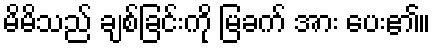
မိမိသည် ချစ်ခြင်းကို မြခက် အား ပေး၏။